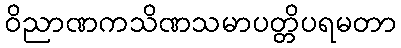
ဝိညာဏကသိဏသမာပတ္တိပရမတာ